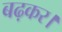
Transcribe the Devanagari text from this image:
बढ़कर।